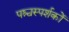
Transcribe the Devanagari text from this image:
पश्चस्पर्शकों